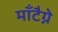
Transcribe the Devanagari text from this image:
माँटैग्ने